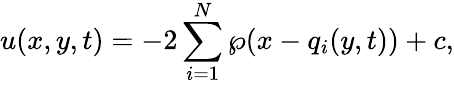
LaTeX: u(x,y,t)=-2\sum_{i=1}^{N}\wp(x-q_{i}(y,t))+c,